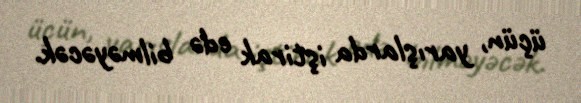
üçün, yarışlarda iştirak edə bilməyəcək.